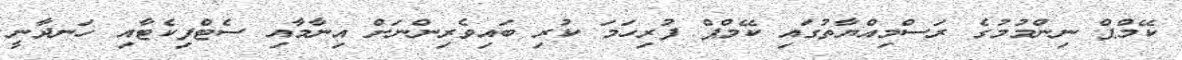
ކޭމްޕް ނިންމުމުގެ ރަސްމިއްޔާތުގައި ކޭމްޕް ފުރިހަމަ ކުރި ބައިވެރިންނަށް އިނާމާއި ސެޓްފިކެޓާއި ހަނދާނީ